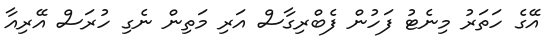
އޭގެ ހަތަރު މިނެޓު ފަހުން ފެބްރިގާސް އަރި މަތިން ނެގި ހުރަސް އޭރިއާ